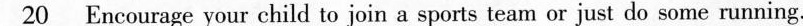
\underline{20} Encourage your child to join a sports team or just do some running.